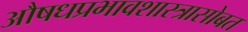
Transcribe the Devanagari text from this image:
औषधप्रभावशास्त्रासोबत